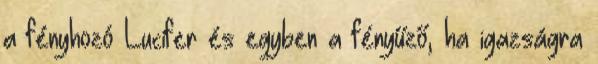
a fényhozó Lucifer és egyben a fényűző, ha igaz­ság­ra